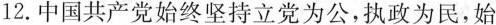
12.中国共产党始终坚持立党为公，执政为民，始